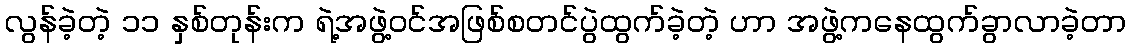
လွန်ခဲ့တဲ့ ၁၁ နှစ်တုန်းက ရဲ့အဖွဲ့ဝင်အဖြစ်စတင်ပွဲထွက်ခဲ့တဲ့ ဟာ အဖွဲ့ကနေထွက်ခွာလာခဲ့တာ